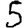
Digit: 5